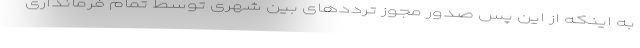
به اینکه از این پس صدور مجوز ترددهای بین شهری توسط تمام فرمانداری